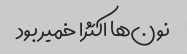
نون‌ها اکثرا خمیر بود